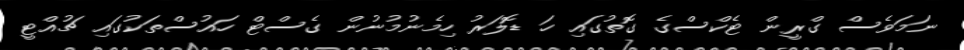
ނަމަވެސް ގްރީން ޓެކްސްގެ ގޮތުގައި ހަ ޑޮލަރު ހިމެނުމުނުން ގެސްޓް ހައުސްތަކުގައި ޗުއްޓީ